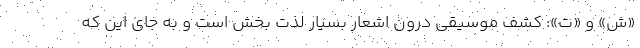
«ش» و «ت»: کشف موسیقی درون اشعار بسیار لذت بخش است و به جای این که